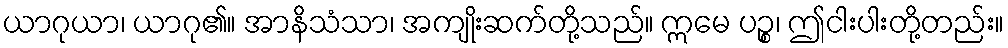
ယာဂုယာ၊ ယာဂု၏။ အာနိသံသာ၊ အကျိုးဆက်တို့သည်။ ဣမေ ပဉ္စ၊ ဤငါးပါးတို့တည်း။